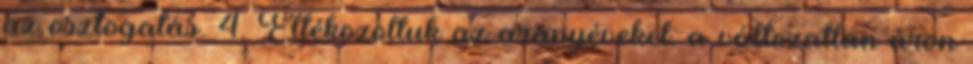
az osztogatás. 4. Eltékozoltuk az aranyéveket: a változatlan áron